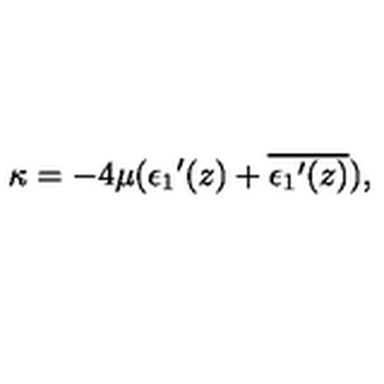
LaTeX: \kappa = - 4 \mu ( { \epsilon _ { 1 } } ^ { \prime } ( z ) + \overline { { { \epsilon _ { 1 } } ^ { \prime } ( z ) } } ) ,